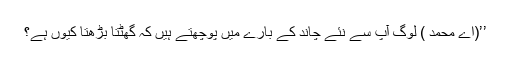
’’(اے محمد ؐ) لوگ آپ سے نئے چاند کے بارے میں پوچھتے ہیں کہ گھٹتا بڑھتا کیوں ہے؟